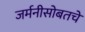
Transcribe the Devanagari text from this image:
जर्मनीसोबतचे